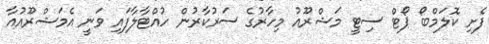
ފެށި ކޮލަމްބޯ ޕޯޓް ސިޓީ މަޝްރޫއު މިހާރުގެ ސަރުކާރުން ހުއްޓާލާފައި ވަނީ އެމަޝްރޫއުއާ